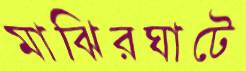
মাঝিরঘাটে